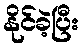
နိုင်ခဲ့ပြီး